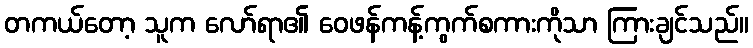
တကယ်တော့ သူက လော်ရာ၏ ဝေဖန်ကန့်ကွက်စကားကိုသာ ကြားချင်သည်။